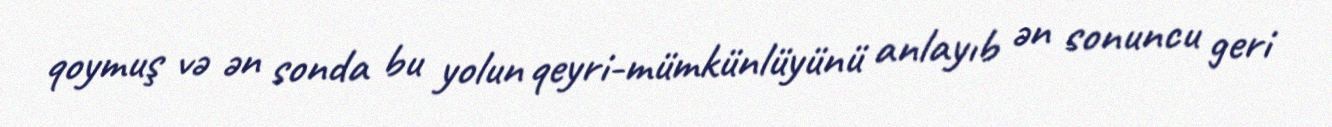
qoymuş və ən sonda bu yolun qeyri-mümkünlüyünü anlayıb ən sonuncu geri